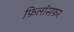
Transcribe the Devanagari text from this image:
फ़िलॉसफ़र